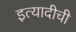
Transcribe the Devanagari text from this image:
इत्यादीची